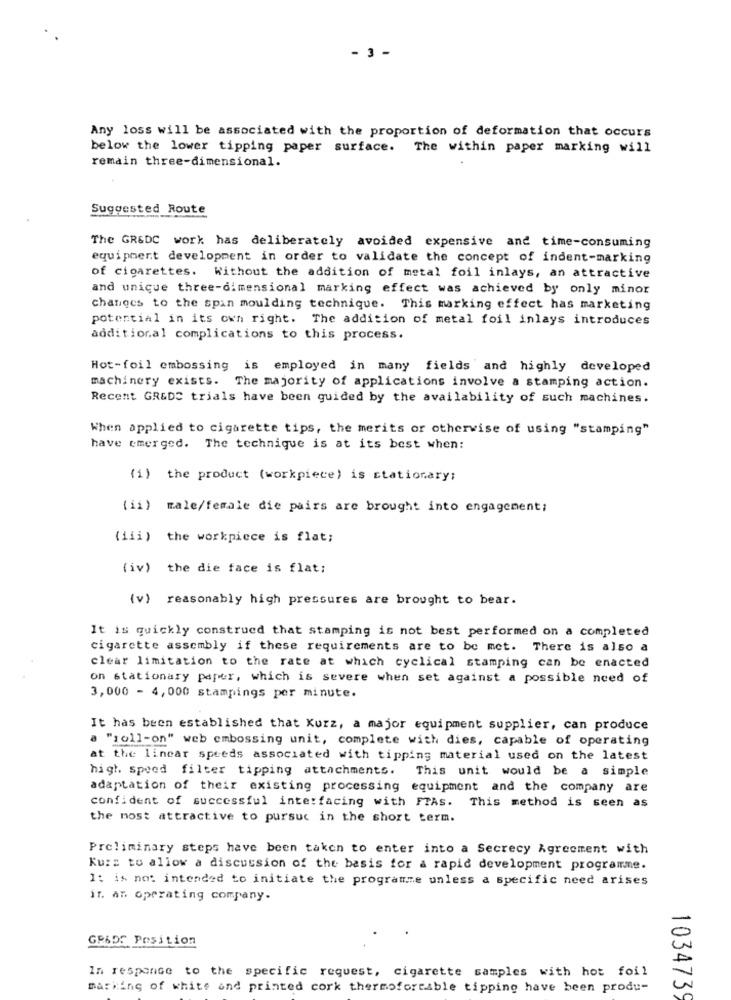
- 3 -
Any loss will be associated with the proportion of deformation that occurs
below the lower tipping paper surface. The within paper marking will
remain three-dimensional.
Suggested Route
The GR&DC work has deliberately avoided expensive and time-consuming
equipment development in order to validate the concept of indent-marking
of cigarettes. Without the addition of metal foil inlays, an attractive
and unique three-dimensional marking effect was achieved by only minor
changes to the spin moulding technique. This marking effect has marketing
potential in its own right. The addition of metal foil inlays introduces
additional complications to this process.
Hot-foil embossing is employed in many fields and highly developed
machinery exists. The majority of applications involve a stamping action.
Recent GR&DS trials have been guided by the availability of such machines.
When applied to cigarette tips, the merits or otherwise of using "stamping"
have emerged. The technique is at its best when:
(1) the product (workpiece) is stationary;
(ii) male/female die pairs are brought into engagement;
(iii) the workpiece is flat;
(iv) the die face is flat;
(v) reasonably high pressures are brought to bear.
It is quickly construed that stamping is not best performed on a completed
cigarette assembly if these requirements are to be met. There is also a
clear limitation to the rate at which cyclical stamping can be enacted
on stationary paper, which is severe when set against a possible need of
3,000 - 4, 000 stampings per minute.
It has been established that Kurz, a major equipment supplier, can produce
a "roll-on" web embossing unit, complete with dies, capable of operating
at the linear speeds associated with tipping material used on the latest
high speed filter tipping attachments. This unit would be a simple
adaptation of their existing processing equipment and the company are
confident of successful interfacing with FTAS. This method is seen as
the most attractive to pursuc in the short term.
Preliminary steps have been taken to enter into a Secrecy Agreement with
Kurz to allow a discussion of the basis for a rapid development programme.
It is not intended to initiate the programme unless a specific need arises
it. an operating company.
GR&DE Position
In response to the specific request, cigarette samples with hot foil
marking of white and printed cork thermoforesble tipping have been produ-
1034739